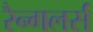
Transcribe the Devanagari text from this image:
रैन्गलर्स